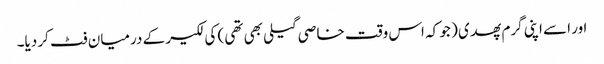
اور اسے اپنی گرم پھدی ( جو کہ اس وقت خاصی گیلی بھی تھی ) کی لکیر کے درمیان فٹ کر دیا۔